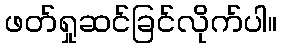
ဖတ်ရှုဆင်ခြင်လိုက်ပါ။